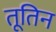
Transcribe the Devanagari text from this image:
तूतिन